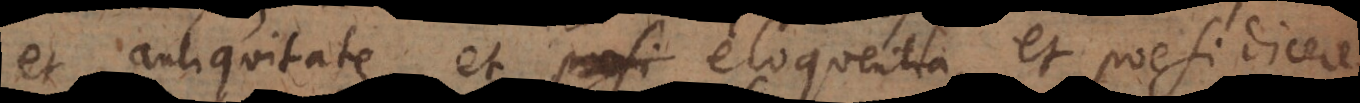
et antiquitate, et eloquentia, et poesi dicere